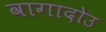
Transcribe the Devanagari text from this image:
वागादोउ